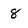
Character: 8